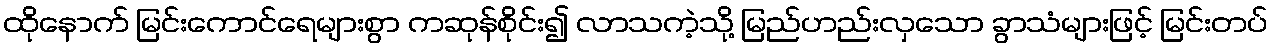
ထိုနောက် မြင်းကောင်ရေများစွာ ကဆုန်စိုင်း၍ လာသကဲ့သို့ မြည်ဟည်းလှသော ခွာသံများဖြင့် မြင်းတပ်